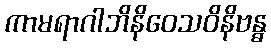
ကာမရာဂါဘိနိဝေသဝိနိဗန္ဓ